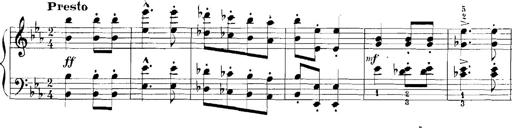
Title: Rhapsodies hongroises
Composer: Franz Liszt